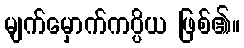
မျက်မှောက်ကပ္ပိယ ဖြစ်၏။